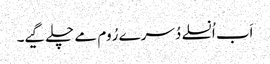
اَب اُنسلے دُسرے رُوم مے چلے گیے۔